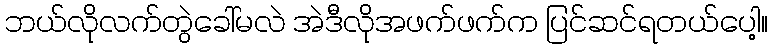
ဘယ်လိုလက်တွဲခေါ်မလဲ အဲဒီလိုအဖက်ဖက်က ပြင်ဆင်ရတယ်ပေါ့။